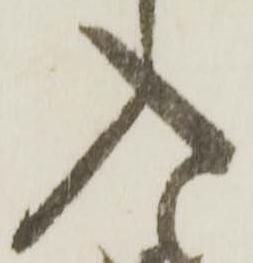
入